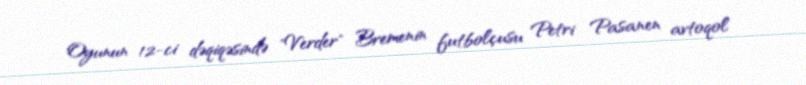
Oyunun 12-ci dəqiqəsində "Verder" Bremenin futbolçusu Petri Pasanen avtoqol